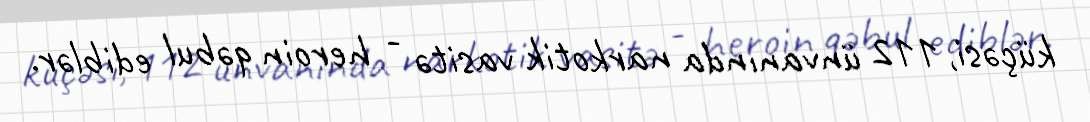
küçəsi, 112 ünvanında narkotik vasitə - heroin qəbul ediblər.